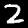
Digit: 2